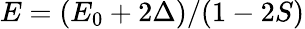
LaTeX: E=(E_{0}+2\Delta)/(1-2S)